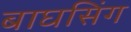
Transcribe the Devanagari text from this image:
बाघसिंग